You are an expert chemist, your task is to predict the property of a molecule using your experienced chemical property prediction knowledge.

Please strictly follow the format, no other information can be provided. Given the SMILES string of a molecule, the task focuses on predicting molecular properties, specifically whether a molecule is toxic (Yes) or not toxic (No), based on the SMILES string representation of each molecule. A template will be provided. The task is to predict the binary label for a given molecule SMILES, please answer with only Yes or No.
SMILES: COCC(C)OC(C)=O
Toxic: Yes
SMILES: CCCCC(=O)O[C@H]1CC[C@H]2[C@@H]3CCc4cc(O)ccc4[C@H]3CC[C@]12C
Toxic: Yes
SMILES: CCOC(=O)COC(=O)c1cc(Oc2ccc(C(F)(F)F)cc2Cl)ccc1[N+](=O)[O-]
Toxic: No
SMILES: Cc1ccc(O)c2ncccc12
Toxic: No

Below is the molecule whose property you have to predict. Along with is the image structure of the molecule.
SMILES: CCC(=O)c1ccc(O)cc1
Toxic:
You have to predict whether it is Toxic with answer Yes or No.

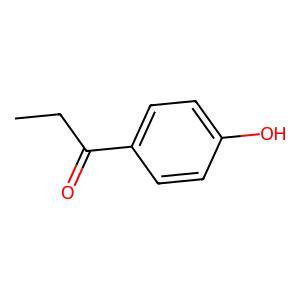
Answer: No